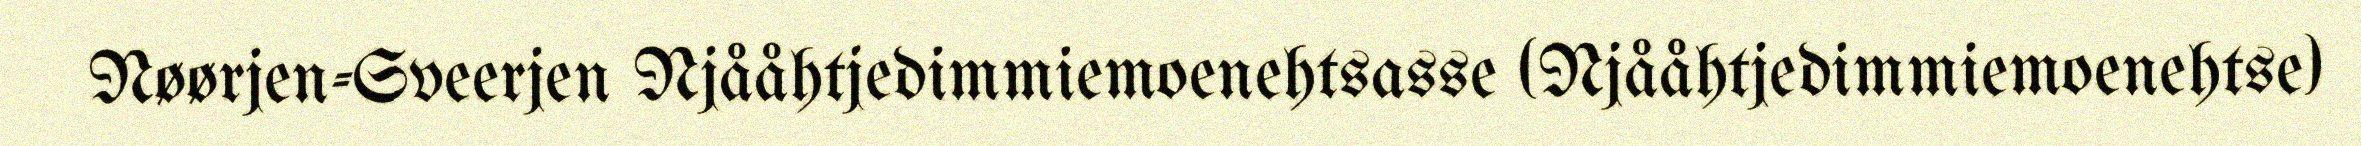
Nøørjen-Sveerjen Njååhtjedimmiemoenehtsasse (Njååhtjedimmiemoenehtse)